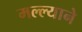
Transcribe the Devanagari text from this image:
मल्ल्याने